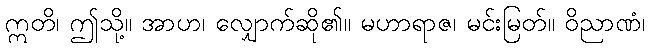
ဣတိ၊ ဤသို့။ အာဟ၊ လျှောက်ဆို၏။ မဟာရာဇ၊ မင်းမြတ်။ ဝိညာဏံ၊